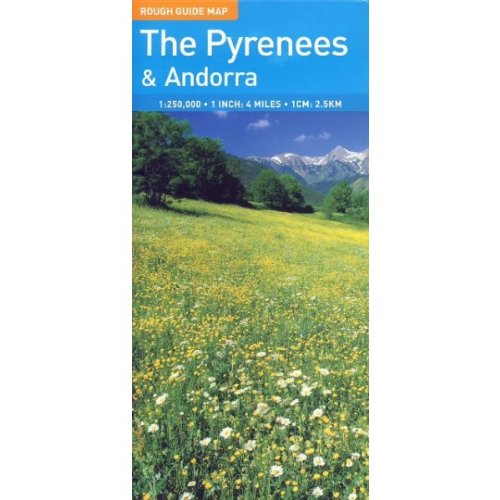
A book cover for The Rough Guide to Pyrenees & Andorra Map (Rough Guide Country/Region Map); Rough Guides; Travel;